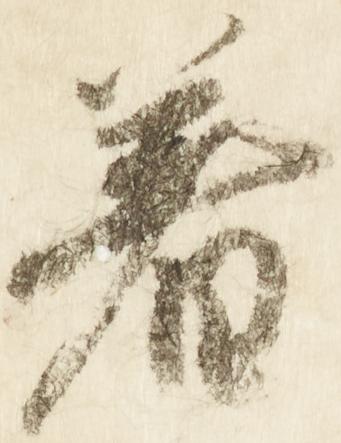
着